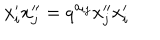
{ x } _ { i } ^ { \prime } { x } _ { j } ^ { \prime \prime } = q ^ { a _ { i j } } { x } _ { j } ^ { \prime \prime } { x } _ { i } ^ { \prime }